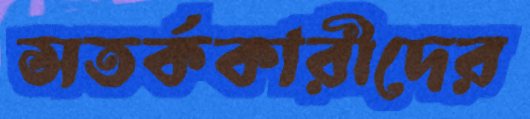
সতর্ককারীদের